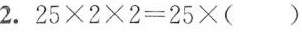
2.$$2 5 \times 2 \times 2=2 5 \times ( ) $$